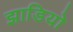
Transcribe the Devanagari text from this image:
झाडियो